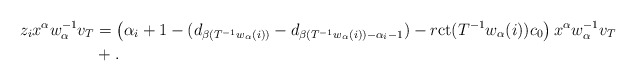
\begin{align*}z_i x^\alpha w_\alpha^{-1} v_T&=\left(\alpha_i+1-(d_{\beta(T^{-1} w_\alpha(i))}-d_{\beta(T^{-1} w_\alpha(i))-\alpha_i-1})-r \mathrm{ct}(T^{-1} w_\alpha(i))c_0 \right) x^\alpha w_\alpha^{-1} v_T \\ &+.\end{align*}